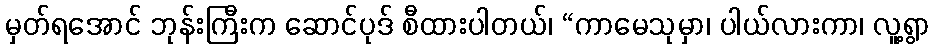
မှတ်ရအောင် ဘုန်းကြီးက ဆောင်ပုဒ် စီထားပါတယ်၊ “ကာမေသုမှာ၊ ပါယ်လားကာ၊ လူ့ရွာ